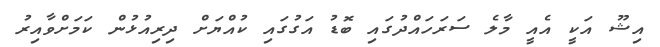
އިޝޫ އަކީ އެއީ މާލެ ސަރަހައްދުގައި ބޮޑު އަގުގައި ކުއްޔަށް ދިރިއުޅުން ކަމަށްވާއިރު